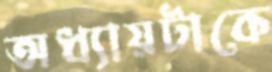
অধ্যায়টাকে